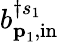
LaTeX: b_{{\textbf{p}}_{1},\mathrm{in}}^{\dagger s_{1}}